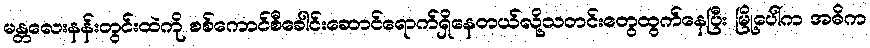
မန္တလေးနန်းတွင်းထဲကို စစ်ကောင်စီခေါင်းဆောင်ရောက်ရှိနေတယ်လို့သတင်းတွေထွက်နေပြီး မြို့ပေါ်က အဓိက